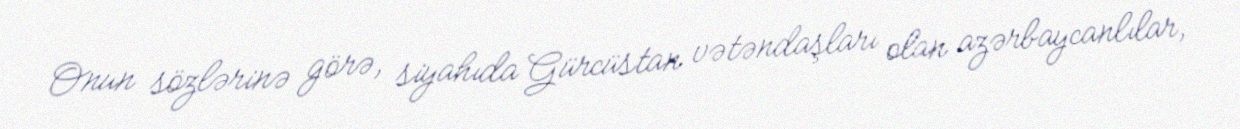
Onun sözlərinə görə, siyahıda Gürcüstan vətəndaşları olan azərbaycanlılar,